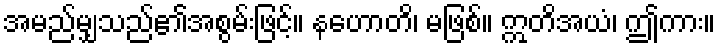
အမည်မျှသည်၏အစွမ်းဖြင့်။ နဟောတိ၊ မဖြစ်။ ဣတိအယံ၊ ဤကား။